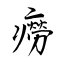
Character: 癆